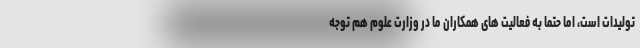
تولیدات است، اما حتما به فعالیت های همکاران ما در وزارت علوم هم توجه